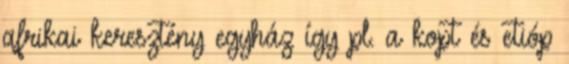
afrikai keresztény egyház így pl. a kopt és etióp